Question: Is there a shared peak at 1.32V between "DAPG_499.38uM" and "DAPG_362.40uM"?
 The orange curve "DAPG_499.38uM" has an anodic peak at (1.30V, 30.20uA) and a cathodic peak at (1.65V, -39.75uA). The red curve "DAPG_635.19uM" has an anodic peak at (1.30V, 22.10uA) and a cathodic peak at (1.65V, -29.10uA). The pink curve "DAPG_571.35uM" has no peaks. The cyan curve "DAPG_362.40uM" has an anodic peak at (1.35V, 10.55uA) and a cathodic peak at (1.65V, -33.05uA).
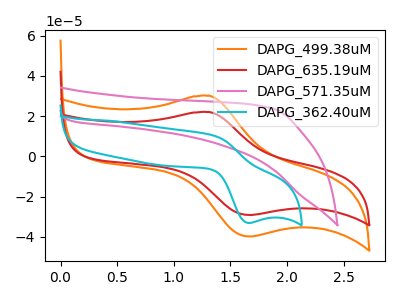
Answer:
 <answer>Yes, "DAPG_499.38uM" and "DAPG_362.40uM" share a peak at 1.32V.</answer>
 <eval>match</eval>